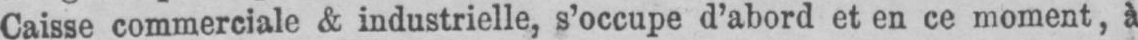
Caisse commerciale &amp; industrielle, s’occupe d’abord et en ce moment, à